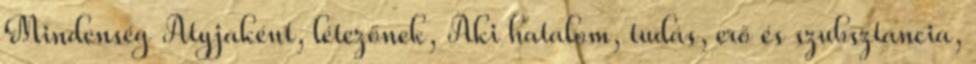
Mindenség Atyjaként, létezőnek, Aki hatalom, tudás, erő és szubsztancia,